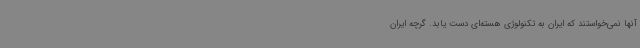
آنها نمی‌خواستند که ایران به تکنولوژی هسته‌ای دست یابد. گرچه ایران